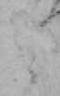
そ